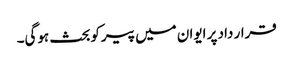
قرار داد پر ایوان میں پیرکوبحث ہوگی۔